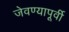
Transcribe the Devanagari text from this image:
जेवण्यापूर्वी